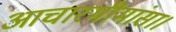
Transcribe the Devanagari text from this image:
आचारमीमांसा।